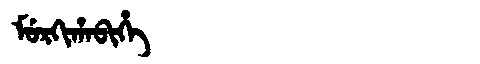
Manchu: ᠮᡠᡵᡴᡳᡥᠠᠪᡳᡥᡝ
Romanization: MURKIHABIHE